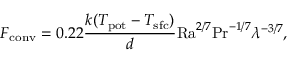
F _ { \mathrm { c o n v } } = 0 . 2 2 \frac { k ( T _ { \mathrm { p o t } } - T _ { \mathrm { s f c } } ) } { d } \mathrm { R a } ^ { 2 / 7 } \mathrm { P r } ^ { - 1 / 7 } \lambda ^ { - 3 / 7 } ,